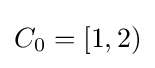
C_{0}=[1,2)